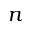
n